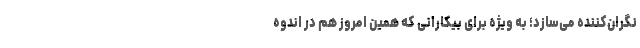
نگران‌کننده می‌سازد؛ به ویژه برای بیکارانی که همین امروز هم در اندوه